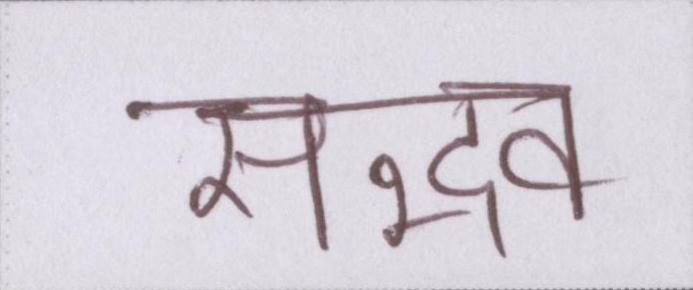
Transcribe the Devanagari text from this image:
सद्भव